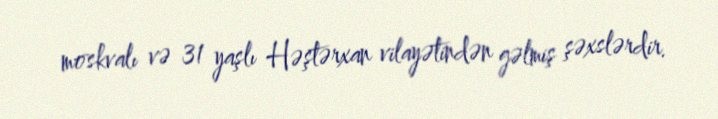
moskvalı və 31 yaşlı Həştərxan vilayətindən gəlmiş şəxslərdir.